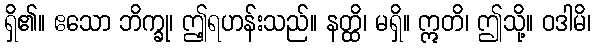
ရှိ၏။ ဧသော ဘိက္ခု၊ ဤ့ရဟန်းသည်။ နတ္ထိ၊ မရှိ။ ဣတိ၊ ဤသို့။ ဝဒါမိ၊